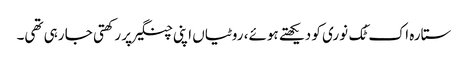
ستارہ اک ٹُک نوری کو دیکھتے ہوئے، روٹیاں اپنی چنگیرپر رکھتی جا رہی تھی۔